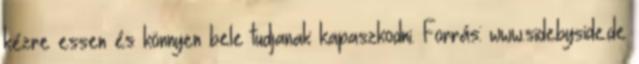
kézre essen és könnyen bele tudjanak kapaszkodni. Forrás: www.sidebyside.de